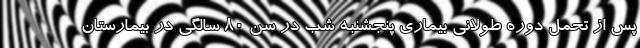
پس از تحمل دوره طولانی بیماری پنجشنبه شب در سن ۸۰ سالگی در بیمارستان